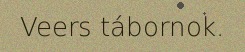
Veers tábornok.